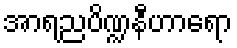
အာရညပိဏ္ဍနီဟာရော